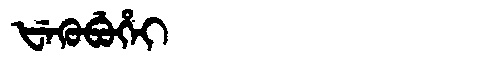
Manchu: ᡶᡝᡴᡠᠪᡠᡥᡝᡳ
Romanization: FEKUBUHEI